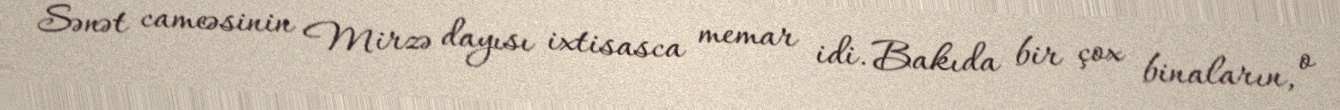
Sənət cameəsinin Mirzə dayısı ixtisasca memar idi. Bakıda bir çox binaların, o